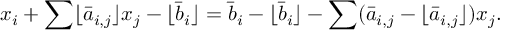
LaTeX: x _ { i } + \sum \lfloor { \bar { a } } _ { i , j } \rfloor x _ { j } - \lfloor { \bar { b } } _ { i } \rfloor = { \bar { b } } _ { i } - \lfloor { \bar { b } } _ { i } \rfloor - \sum ( { \bar { a } } _ { i , j } - \lfloor { \bar { a } } _ { i , j } \rfloor ) x _ { j } .